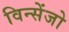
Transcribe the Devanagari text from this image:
विन्सेंजो